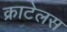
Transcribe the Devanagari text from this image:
क्राटेलस